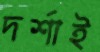
দর্শাই